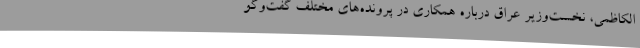
الکاظمی، نخست‌وزیر عراق درباره همکاری در پرونده‌های مختلف گفت‌وگو